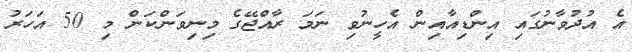
އެ އުދުވާނުގައި އިންޑިއާއިން އެހީނުވި ނަމަ ރާއްޖޭގެ މިނިވަންކަން މި 50 އަހަރު